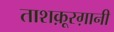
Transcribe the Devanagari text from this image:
ताशक़ूरग़ानी